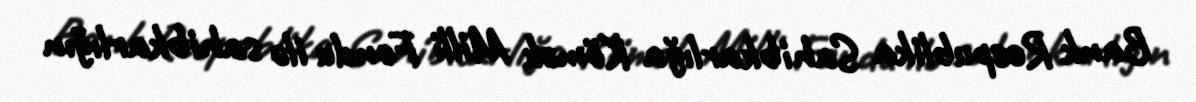
Bank Respublika Sahibkarlığa Kömək Milli Fondu ilə sahibkarlığın